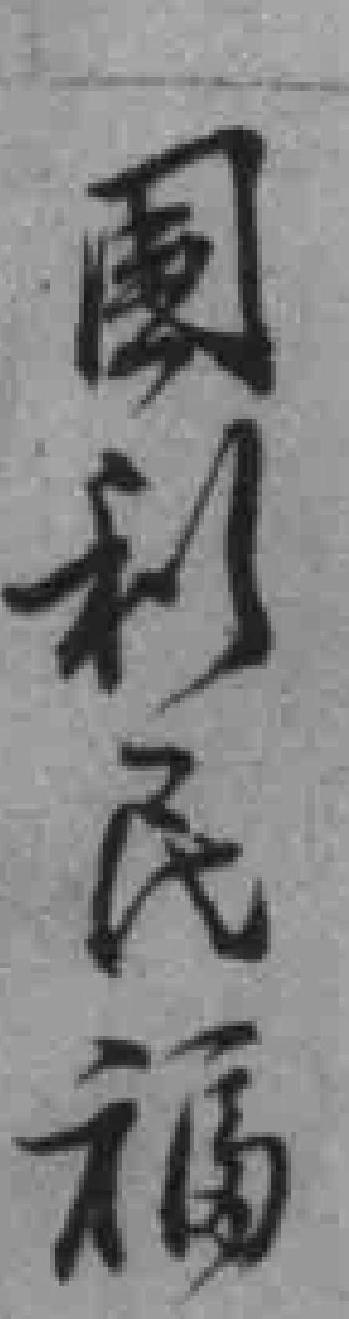
国利民福